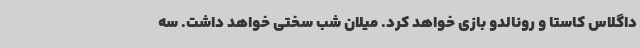
داگلاس کاستا و رونالدو بازی خواهد کرد. میلان شب سختی خواهد داشت. سه